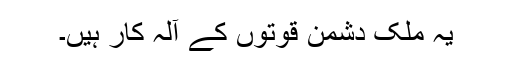
یہ ملک دشمن قوتوں کے آلہ کار ہیں۔